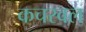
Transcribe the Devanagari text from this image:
कचरवल